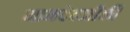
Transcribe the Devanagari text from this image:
नामदेवजीकी